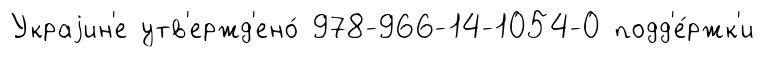
Украjин'е утв'ержд'ено́ 978-966-14-1054-0 подд'е́ржк'и